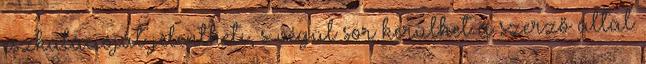
eszkalációját jelentheti, s végül sor kerülhet a szerző által